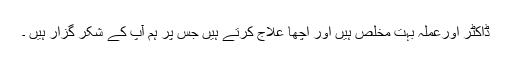
ڈاکٹر اورعملہ بہت مخلص ہیں اور اچھا علاج کرتے ہیں جس پر ہم آپ کے شکر گزار ہیں ۔